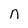
Character: n